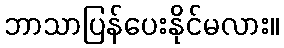
ဘာသာပြန်ပေးနိုင်မလား။